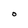
Character: O